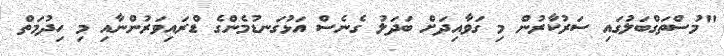
"މުސްތަގްބަލުގައި ސަރުކާރުން މި ގަވާއިދަށް ބަދަލު ގެނެސް އަޅުގަނޑުމެންގެ ޑްރައިވަރުންނާއި މި ހިދުމަތް